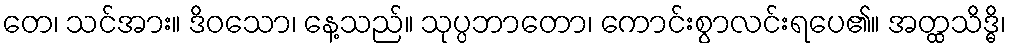
တေ၊ သင်အား။ ဒိဝသော၊ နေ့သည်။ သုပ္ပဘာတော၊ ကောင်းစွာလင်းရပေ၏။ အတ္ထသိဒ္ဓိ၊